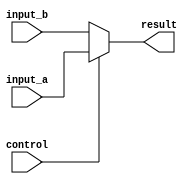
module conditional_assignment (
    input wire input_a,     // First input signal
    input wire input_b,     // Second input signal
    input wire control,     // Control signal for conditional evaluation
    output reg result       // Output result
);

// Always block to evaluate the condition and assign the result
always @(*) begin
    result = (control) ? input_a : input_b; // Ternary operator for conditional assignment
end

endmodule